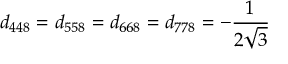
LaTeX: d _ { 4 4 8 } = d _ { 5 5 8 } = d _ { 6 6 8 } = d _ { 7 7 8 } = - { \frac { 1 } { 2 { \sqrt { 3 } } } }